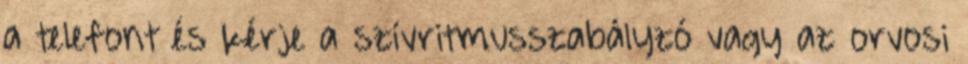
a telefont és kérje a szívritmusszabályzó vagy az orvosi